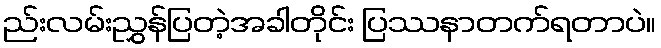
ည်းလမ်းညွှန်ပြတဲ့အခါတိုင်း ပြဿနာတက်ရတာပဲ။